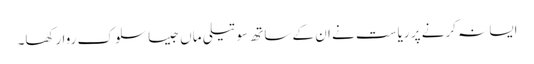
ایسا نہ کرنے پر ریاست نے ان کے ساتھ سوتیلی ماں جیسا سلوک روا رکھا۔